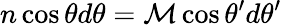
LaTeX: n\cos\theta d\theta=\mathcal{M}\cos\theta^{\prime}d\theta^{\prime}